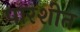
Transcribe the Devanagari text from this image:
पारशीत